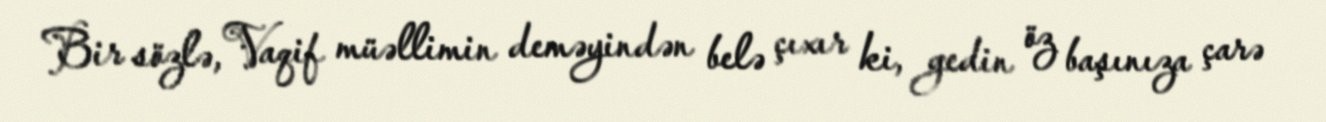
Bir sözlə, Vaqif müəllimin deməyindən belə çıxır ki, gedin öz başınıza çarə